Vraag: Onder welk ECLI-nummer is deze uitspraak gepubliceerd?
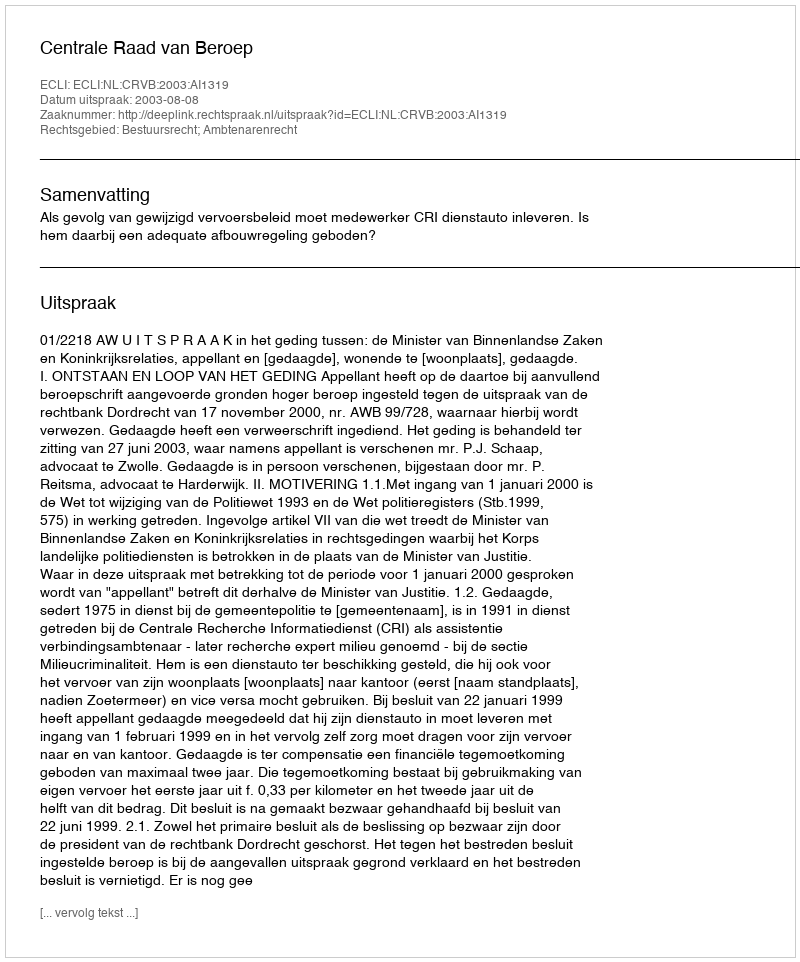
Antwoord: ECLI:NL:CRVB:2003:AI1319